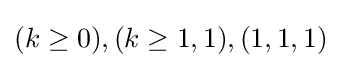
(k\geq 0),(k\geq 1,1),(1,1,1)